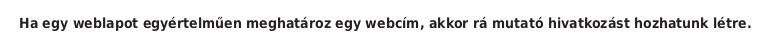
Ha egy weblapot egyértelműen meghatároz egy webcím, akkor rá mutató hivatkozást hozhatunk létre.